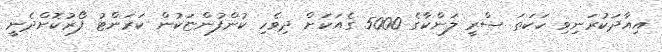
އިއާދަކުރަނިވި ހަކަތަ ސްރީ ލަންކާގެ 5000 ގެއަކަށް ދިވެހި ކުންފުންޏަކުން ކަރަންޓު ފޯރުކޮށްދެނީ